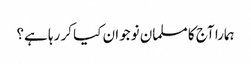
ہمارا آج کا مسلمان نوجوان کیا کر رہا ہے؟